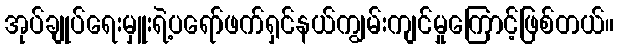
အုပ်ချုပ်ရေးမှူးရဲ့ပရော်ဖက်ရှင်နယ်ကျွမ်းကျင်မှုကြောင့်ဖြစ်တယ်။